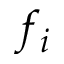
f _ { i }